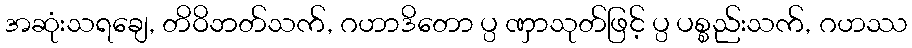
အဆုံးသရချေ, တိဝိဘတ်သက်, ဂဟာဒိတော ပ္ပ ဏှာသုတ်ဖြင့် ပ္ပ ပစ္စည်းသက်, ဂဟဿ